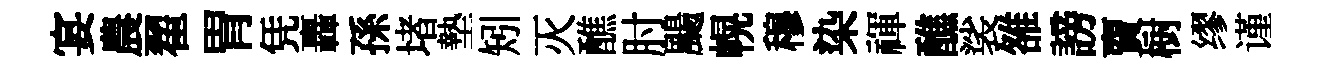
宴農翟胃凭轟孫堵墊矧灭醮肘颺幌穆染禈醮裟雒謗𧶠𣗳缪谨